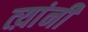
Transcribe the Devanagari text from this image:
त्य़ांनी